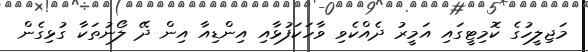
މަޖިލީހުގެ ކޮމިޓީގައި އަމީރު ދެއްކެވި ވާހަކަފުޅާއި އިންޑިއާ އިން ދޭ ލޯނުތަކާ ގުޅިގެން